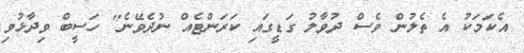
އެކަމަކު އެ ތެލުން ވެސް ދުވާލު ގަޑީގައި ކަރަންޓެއް ނުދެވޭނެ" ހަސީބް ވިދާޅުވި